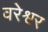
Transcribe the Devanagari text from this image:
वरेश्वर